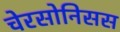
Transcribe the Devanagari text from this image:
चेरसोनिसस